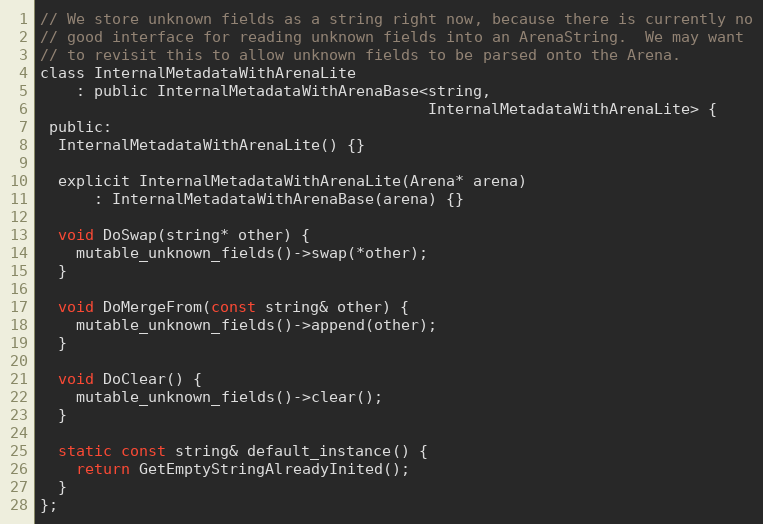
Language: C
// We store unknown fields as a string right now, because there is currently no
// good interface for reading unknown fields into an ArenaString.  We may want
// to revisit this to allow unknown fields to be parsed onto the Arena.
class InternalMetadataWithArenaLite
    : public InternalMetadataWithArenaBase<string,
                                           InternalMetadataWithArenaLite> {
 public:
  InternalMetadataWithArenaLite() {}

  explicit InternalMetadataWithArenaLite(Arena* arena)
      : InternalMetadataWithArenaBase(arena) {}

  void DoSwap(string* other) {
    mutable_unknown_fields()->swap(*other);
  }

  void DoMergeFrom(const string& other) {
    mutable_unknown_fields()->append(other);
  }

  void DoClear() {
    mutable_unknown_fields()->clear();
  }

  static const string& default_instance() {
    return GetEmptyStringAlreadyInited();
  }
};